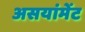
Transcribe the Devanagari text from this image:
असयांमेंट